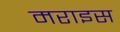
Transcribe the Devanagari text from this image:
मराइस